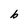
Character: b